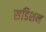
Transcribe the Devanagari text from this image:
सडिशन